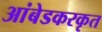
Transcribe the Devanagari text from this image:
आंबेडकरकृत